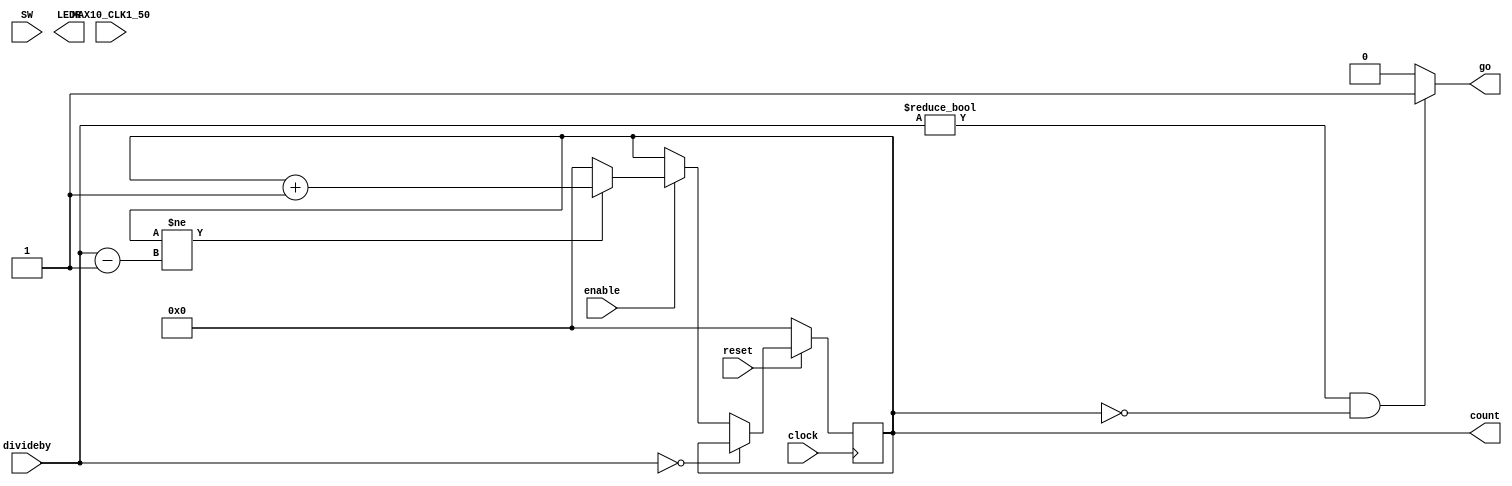

//=======================================================
//  This code is generated by Terasic System Builder
//=======================================================

module PulseGenerator(
	
	input reset,
	input clock,
	input enable,
	input [25:0]divideby,
	output reg  go,
	input [9:4] SW,
	output reg [25:0] count,
	output reg [9:0]	LEDR,
	input MAX10_CLK1_50
);



//=======================================================
//  REG/WIRE declarations
//=======================================================
//reg[5:0] count;
reg[25:0] count_c;
wire[25:0] maxcount;


assign maxcount=divideby-1; 
//=======================================================
//  Structural coding
//=======================================================


initial begin
count=26'b00_0000_0000_0000_0000_0000_0000;
end
always@(*)begin
	count_c=count;
	go=0;
	if(count==26'b00_0000_0000_0000_0000_0000_0000)begin
	go=1;
	end
	if(count!=maxcount)begin
		count_c=count+26'b00_0000_0000_0000_0000_0000_0001;
	end
	else begin
		count_c=26'b00_0000_0000_0000_0000_0000_0000;
	end
	/*
	if(go==1)begin
		LEDR[0]=1;
	end
	*/
	if(enable==0)begin
		count_c=count;
	end
	if(divideby==26'b00_0000_0000_0000_0000_0000_0000)begin
		go=0;
		count_c=count;
	end
	
	if((divideby!=26'b00_0000_0000_0000_0000_0000_0000)&&(count==26'b00_0000_0000_0000_0000_0000_0000))begin
	go=1;
	end
	else begin
	go=0;
	end
	
	if(reset==0)begin
		count_c=26'b00_0000_0000_0000_0000_0000_0000;
	end
end

always@(posedge clock)begin
	count<=#1 count_c;
end

endmodule